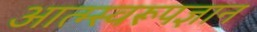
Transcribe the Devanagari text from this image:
आत्म्स्वरूपज्ञान